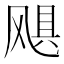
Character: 飓